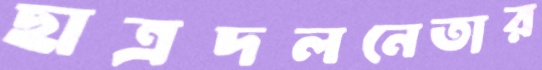
ছাত্রদলনেতার